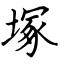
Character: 塚